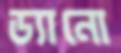
ড্যানো